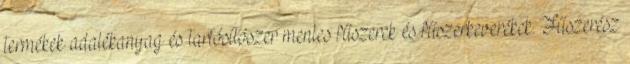
termékek adalékanyag és tartósítószer mentes fűszerek és fűszerkeverékek. Fűszerész